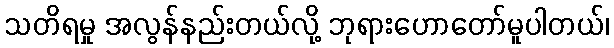
သတိရမှု အလွန်နည်းတယ်လို့ ဘုရားဟောတော်မူပါတယ်၊